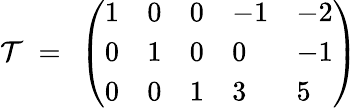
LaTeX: {\cal T}~=~\left(\begin{array}{lllll}{{1}}&{{0}}&{{0}}&{{-1}}&{{-2}}\\ {{0}}&{{1}}&{{0}}&{{0}}&{{-1}}\\ {{0}}&{{0}}&{{1}}&{{3}}&{{5}}\end{array}\right)